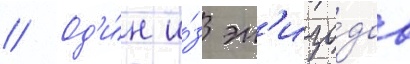
// Од'и́н и́з эп'изо́дов